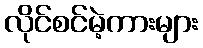
လိုင်စင်မဲ့ကားများ